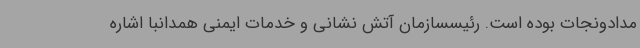
مدادونجات بوده است. رئیسسازمان آتش نشانی و خدمات ایمنی همدانبا اشاره